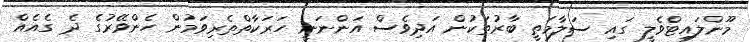
މޫންލައިޓްވެލީ ގައި ސަލާމަތީ ބާރުތަކުން އަދިވެސް އަންނަނީ ހަރަކާތްތެރިވަމުން ހެންވޭރުގެ ދެ ގެއެއް